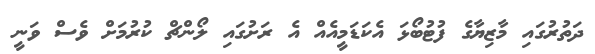
ދަތުރުގައި މާޒިޔާގެ ފުޓުބޯޅަ އެކަޑަމީއެއް އެ ރަށުގައި ލޯންޗް ކުރުމަށް ވެސް ވަނީ